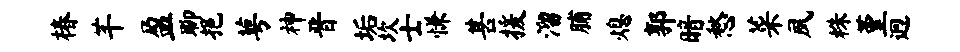
椿芊盈聊挹萼神晋垢坎士慊甚援溜脯熄郭暗愁菜夙株堇迥